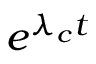
e ^ { \lambda _ { c } t }